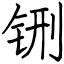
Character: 铏